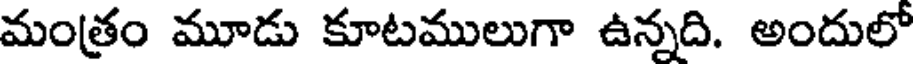
మంత్రం మూడు కూటములుగా ఉన్నది. అందులో